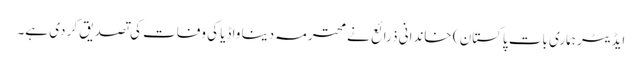
ایڈیٹر ہماری بات پاکستان ) خاندانی ذرائع نے محترمہ دینا واڈیا کی وفات کی تصدیق کر دی ہے۔